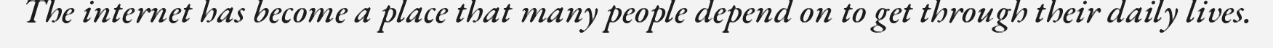
The internet has become a place that many people depend on to get through their daily lives.